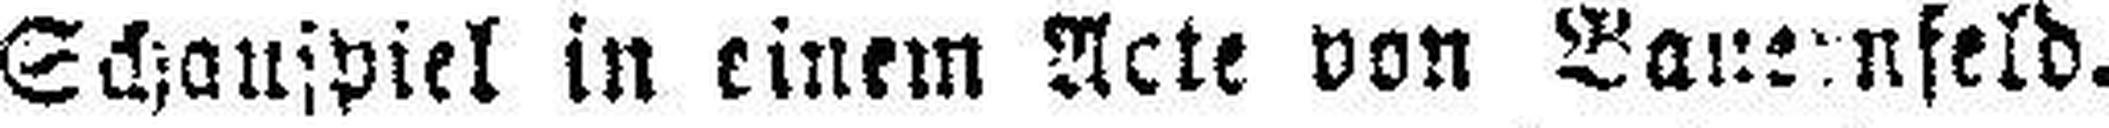
Schaufpiel in einem Acte von Bauernfeld.